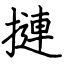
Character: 摙